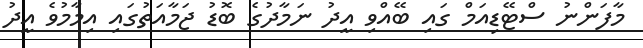
މާފަންނު ސްޓޭޑިއަމް ގައި ބޭއްވި އީދު ނަމާދުގެ ބޮޑު ޖަމާއަތުގައި އިމާމުވެ އީދު